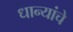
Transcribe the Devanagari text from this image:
धान्यांचे